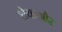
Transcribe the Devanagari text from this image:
शेयरऔर